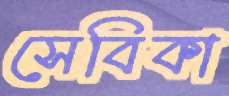
সেবিকা